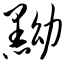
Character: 黝